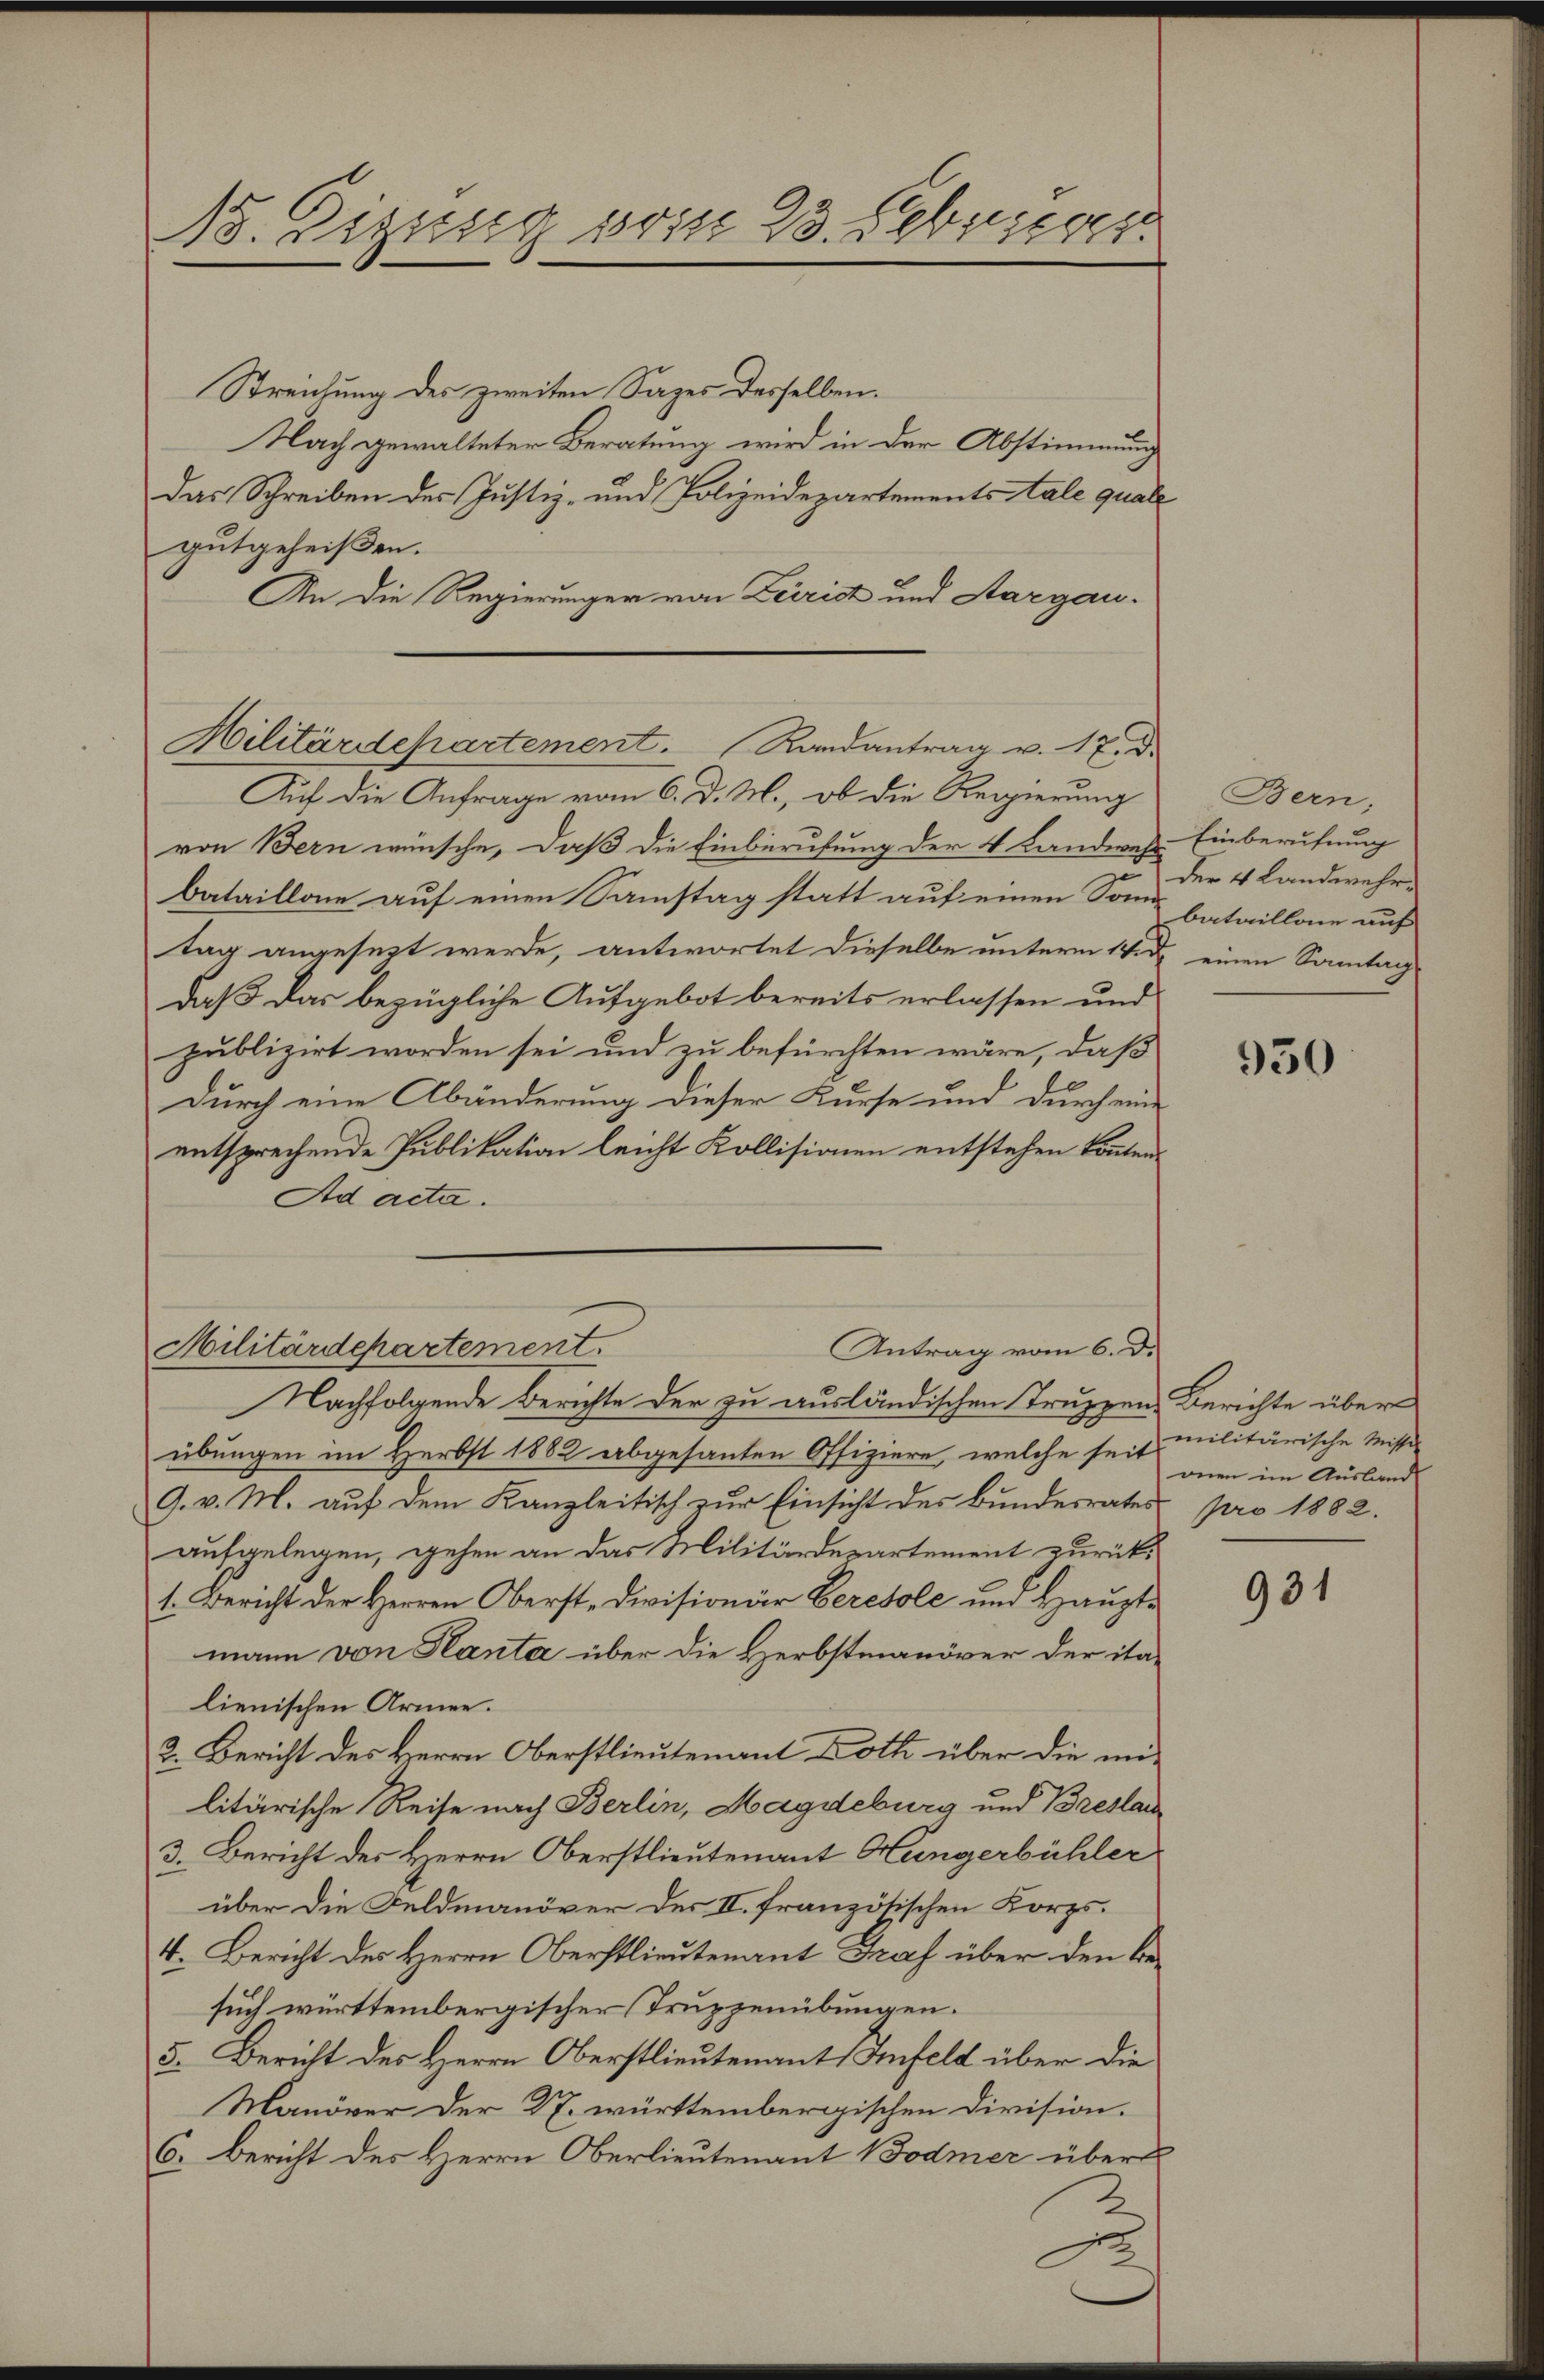
18. Regung vom 23. Febriger

Streichung des zweiten Sages desselben.
Nach gewalteter Beratung wird in der Abstimmung
Das Schreiben des Justiz- und Polizeidepartements Stale quale
gutgeheißen.
An die Regierunger von Leirist und Aargau¬
Hilitärdepartement. Randantrag v. 17. d.

von Bern wünsche, daß die Einberufung der 4 Landwehr
bataillone auf einen Samstag statt auf einen Somme bataillone auf
tag angesezt werde, antwortet dieselbe unterm 1ten
daß das bezügliche Aufgebot bereits erlassen und
publizirt worden sei und zu befürchten wäre, daß
Durch eine Abänderung dieser Kurse und durch eine
entsprechende Publikation leicht Kollisionen entstehen könnten.
Ad acta.
Nachfolgende Berichte der zu ausländischen Truppen Berichte über
übungen im Herbst 1882 abgesanten Offiziere, welche seit militärische Misse-
9. v. M. auf dem Kanzleitisch zur Einsicht des Bundesrates
aufgelegen, gehen an das Militärdepartement zurück¬
1. Bericht der Herren Oberst-Divisionär Eeresole und Hauptmann von Hanta über die Herbstmanöver der ita-
lienischen Armee.
2. Bericht des Herrn Oberstlieutenant Doth über die militärische Reise nach Berlin, Magdeburg und Breslau
3. Bericht des Herrn Oberstlieutenant Hungerbühler
über die Feldmanöver der II. französischen Korps.
4. Bericht des Herrn Oberstlieutenant Graf über den besuch württembergischer Truppenübungen.
5. Bericht des Herrn Oberstlieutenant Anfeld über die
Manöver der 27. württembergischen Division.
6. Bericht des Herrn Oberlieutenant Bodmer über

Auf die Anfrage vom 6. d. M., ob die Regierung

Antrag vom 6. d.
Militärdepartement.

Bern,
Einberufung
der 4 Landwehr-
 einen Sonntag

950

onen im Ausland
pro 1882.

931